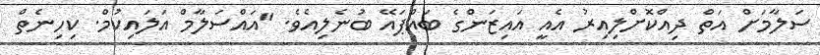
ސަލާމަށް އަތް ދިއްކޮށްލިއިރު އެއީ އައިޒަންގެ ބައްޕައޭ ބުނެލިއެވެ. "އައްސަލާމް އަލައިކުމް. ކިހިނެތް